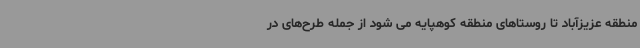
منطقه عزیزآباد تا روستاهای منطقه کوهپایه می شود از جمله طرح‌های در